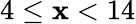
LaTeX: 4\leq\mathbf{x}<14